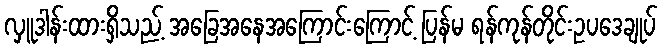
လှူဒါန်းထားရှိသည့် အခြေအနေအကြောင်းကြောင့် ပြန်မ ရန်ကုန်တိုင်းဥပဒေချုပ်